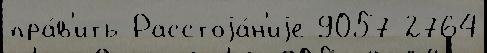
пра́в'ить Расстоjа́н'иjе 9057 2764